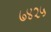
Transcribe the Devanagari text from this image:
७४२५